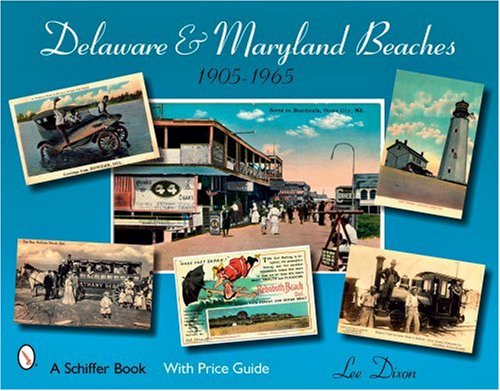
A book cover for Delaware & Maryland Beaches 1905-1965; Lee Dixon; Travel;